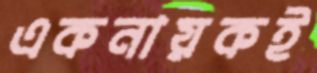
একনায়কই